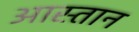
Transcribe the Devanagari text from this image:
आस्तान